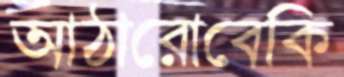
আঠারোবেকি